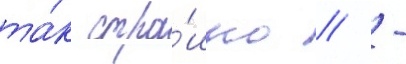
та́к стра́шно // -